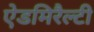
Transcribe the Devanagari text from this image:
ऐडमिरैल्टी